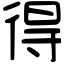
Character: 得